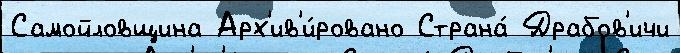
Самойловщина Арх'ив'и́ровано Страна́ Драбов'ичи